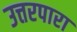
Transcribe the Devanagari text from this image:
उत्तरपारा